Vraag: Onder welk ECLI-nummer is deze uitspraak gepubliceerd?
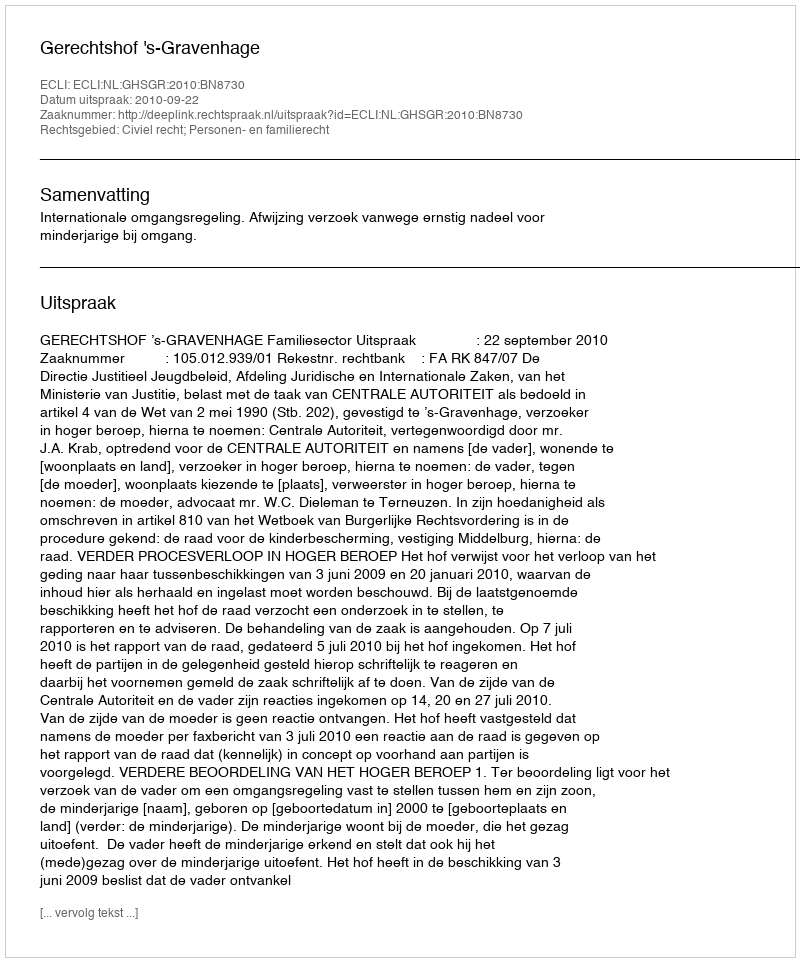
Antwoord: ECLI:NL:GHSGR:2010:BN8730